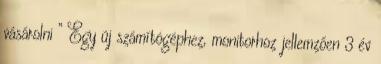
vásárolni ” Egy új számítógéphez, monitorhoz jellemzően 3 év